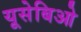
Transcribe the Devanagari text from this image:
यूसेबिओ